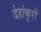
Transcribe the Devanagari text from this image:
देहांकुरों